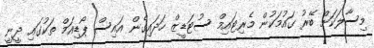
މިސާލަކަށް ބޭރު ގައުމަކުން މެރިޓައިމް ސުޓަޑީޒް ހަދައިގެން އައިސް ޕޯޑިއަމް ތަކުގައި ދީނީ